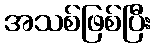
အသစ်ဖြစ်ပြီး